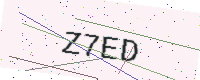
Text: Z7ED